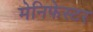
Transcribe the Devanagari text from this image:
मेनिफेस्टर